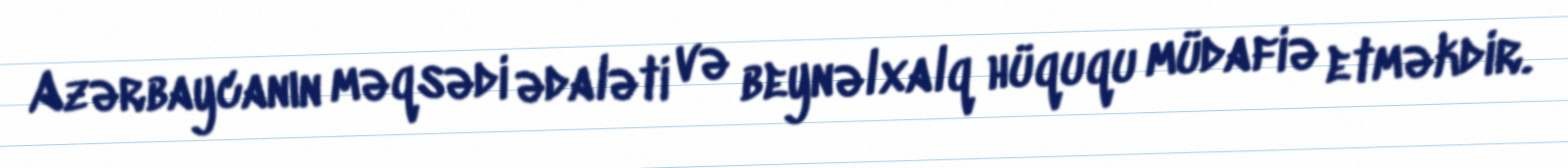
Azərbaycanın məqsədi ədaləti və beynəlxalq hüququ müdafiə etməkdir.